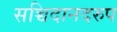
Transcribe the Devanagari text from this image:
सच्चिदानदरुप